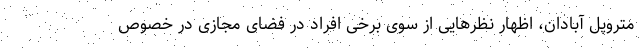
متروپل آبادان، اظهار نظرهايی از سوی برخی افراد در فضای مجازی در خصوص